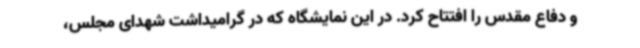
و دفاع مقدس را افتتاح کرد. در این نمایشگاه که در گرامیداشت شهدای مجلس،